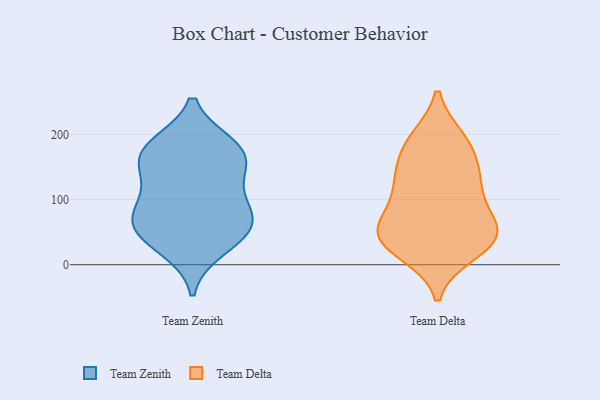
{"axis": {"x": "Customer Acquisition Cost (USD)", "y": "Value"}, "legend": ["Team Delta", "Team Zenith"], "data": [{"x": "", "y": 147, "type": "Team Zenith"}, {"x": "", "y": 63, "type": "Team Zenith"}, {"x": "", "y": 158, "type": "Team Zenith"}, {"x": "", "y": 182, "type": "Team Zenith"}, {"x": "", "y": 171, "type": "Team Zenith"}, {"x": "", "y": 69, "type": "Team Zenith"}, {"x": "", "y": 55, "type": "Team Zenith"}, {"x": "", "y": 94, "type": "Team Zenith"}, {"x": "", "y": 49, "type": "Team Zenith"}, {"x": "", "y": 180, "type": "Team Zenith"}, {"x": "", "y": 106, "type": "Team Zenith"}, {"x": "", "y": 26, "type": "Team Zenith"}, {"x": "", "y": 19, "type": "Team Delta"}, {"x": "", "y": 122, "type": "Team Delta"}, {"x": "", "y": 133, "type": "Team Delta"}, {"x": "", "y": 58, "type": "Team Delta"}, {"x": "", "y": 183, "type": "Team Delta"}, {"x": "", "y": 95, "type": "Team Delta"}, {"x": "", "y": 150, "type": "Team Delta"}, {"x": "", "y": 121, "type": "Team Delta"}, {"x": "", "y": 36, "type": "Team Delta"}, {"x": "", "y": 55, "type": "Team Delta"}, {"x": "", "y": 189, "type": "Team Delta"}, {"x": "", "y": 192, "type": "Team Delta"}, {"x": "", "y": 41, "type": "Team Delta"}, {"x": "", "y": 26, "type": "Team Delta"}, {"x": "", "y": 57, "type": "Team Delta"}, {"x": "", "y": 51, "type": "Team Delta"}]}